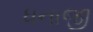
ધનાજી